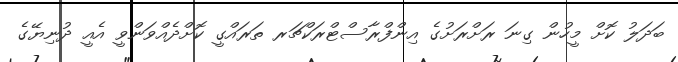
ބަދަލު ކޮށް މީހުން ގިނަ ރަށްރަށުގެ އިންފްރާސްޓްރަކްޗަރ ތަރައްގީ ކޮށްދެއްވަންވީ އެއީ ދުނިޔޭގެ